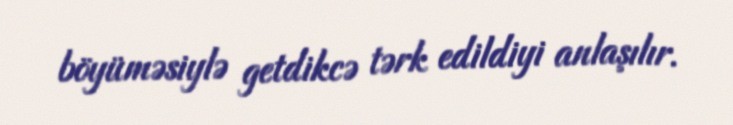
böyüməsiylə getdikcə tərk edildiyi anlaşılır.